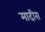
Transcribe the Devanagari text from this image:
मादीरा